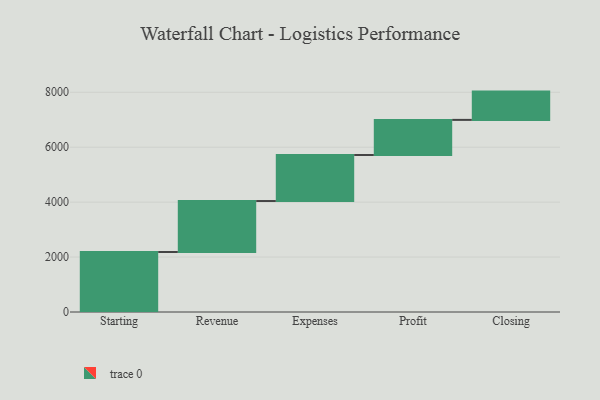
{"axis": {"x": "Step", "y": "Value"}, "legend": [""], "data": [{"x": "Starting", "y": 2185.0, "type": ""}, {"x": "Revenue", "y": 1855.0, "type": ""}, {"x": "Expenses", "y": 1676.0, "type": ""}, {"x": "Profit", "y": 1278.0, "type": ""}, {"x": "Closing", "y": 1030.0, "type": ""}]}